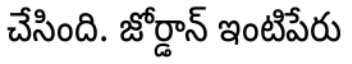
చేసింది. జోర్డాన్ ఇంటిపేరు